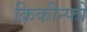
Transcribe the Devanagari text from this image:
क्रिकीन्फो